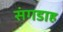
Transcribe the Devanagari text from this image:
संगडाह